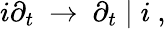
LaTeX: i\partial_{t}~\rightarrow~\partial_{t}\mid i~,